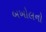
બખોલનો